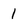
Character: 1